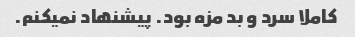
کاملا سرد و بد مزه بود. پیشنهاد نمیکنم.